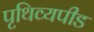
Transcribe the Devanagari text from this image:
पृथिव्यपीड